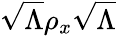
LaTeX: {\sqrt{\Lambda}}\rho_{x}{\sqrt{\Lambda}}